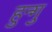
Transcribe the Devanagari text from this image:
हुन्गु